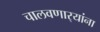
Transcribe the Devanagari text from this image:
चालवणार्‍यांना